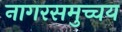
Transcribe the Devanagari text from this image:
नागरसमुच्चय